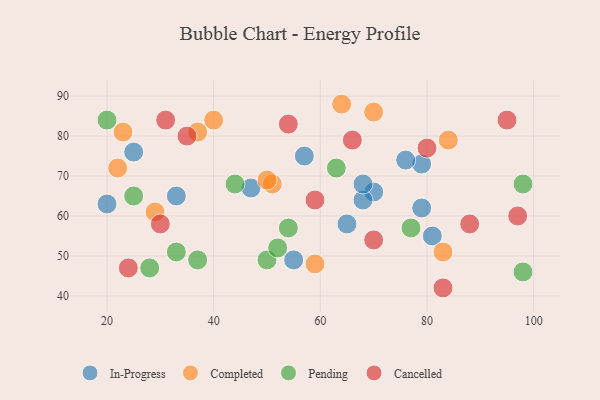
{"axis": {"x": "GDP", "y": "Life Expectancy"}, "legend": ["Cancelled", "Completed", "In-Progress", "Pending"], "data": [{"x": "70", "y": 66, "type": "In-Progress"}, {"x": "68", "y": 64, "type": "In-Progress"}, {"x": "33", "y": 65, "type": "In-Progress"}, {"x": "79", "y": 73, "type": "In-Progress"}, {"x": "47", "y": 67, "type": "In-Progress"}, {"x": "25", "y": 76, "type": "In-Progress"}, {"x": "65", "y": 58, "type": "In-Progress"}, {"x": "57", "y": 75, "type": "In-Progress"}, {"x": "76", "y": 74, "type": "In-Progress"}, {"x": "81", "y": 55, "type": "In-Progress"}, {"x": "20", "y": 63, "type": "In-Progress"}, {"x": "79", "y": 62, "type": "In-Progress"}, {"x": "68", "y": 68, "type": "In-Progress"}, {"x": "55", "y": 49, "type": "In-Progress"}, {"x": "51", "y": 68, "type": "Completed"}, {"x": "64", "y": 88, "type": "Completed"}, {"x": "40", "y": 84, "type": "Completed"}, {"x": "50", "y": 69, "type": "Completed"}, {"x": "23", "y": 81, "type": "Completed"}, {"x": "84", "y": 79, "type": "Completed"}, {"x": "70", "y": 86, "type": "Completed"}, {"x": "83", "y": 51, "type": "Completed"}, {"x": "37", "y": 81, "type": "Completed"}, {"x": "59", "y": 48, "type": "Completed"}, {"x": "22", "y": 72, "type": "Completed"}, {"x": "29", "y": 61, "type": "Completed"}, {"x": "25", "y": 65, "type": "Pending"}, {"x": "77", "y": 57, "type": "Pending"}, {"x": "33", "y": 51, "type": "Pending"}, {"x": "98", "y": 68, "type": "Pending"}, {"x": "44", "y": 68, "type": "Pending"}, {"x": "63", "y": 72, "type": "Pending"}, {"x": "98", "y": 46, "type": "Pending"}, {"x": "28", "y": 47, "type": "Pending"}, {"x": "54", "y": 57, "type": "Pending"}, {"x": "37", "y": 49, "type": "Pending"}, {"x": "50", "y": 49, "type": "Pending"}, {"x": "52", "y": 52, "type": "Pending"}, {"x": "20", "y": 84, "type": "Pending"}, {"x": "83", "y": 42, "type": "Cancelled"}, {"x": "70", "y": 54, "type": "Cancelled"}, {"x": "95", "y": 84, "type": "Cancelled"}, {"x": "30", "y": 58, "type": "Cancelled"}, {"x": "80", "y": 77, "type": "Cancelled"}, {"x": "88", "y": 58, "type": "Cancelled"}, {"x": "31", "y": 84, "type": "Cancelled"}, {"x": "35", "y": 80, "type": "Cancelled"}, {"x": "97", "y": 60, "type": "Cancelled"}, {"x": "54", "y": 83, "type": "Cancelled"}, {"x": "24", "y": 47, "type": "Cancelled"}, {"x": "59", "y": 64, "type": "Cancelled"}, {"x": "66", "y": 79, "type": "Cancelled"}]}